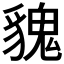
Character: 𩳏